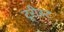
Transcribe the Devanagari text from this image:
टूरीस्ट